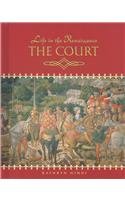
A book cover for The Court (Life in the Renaissance); Kathryn Hinds; Children's Books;